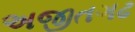
અજીતગઢ